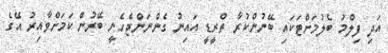
އަދި ފިލްމު ބެލުމަށްޓަކައި ބޭނުންކުރާ ތްރީޑީ އައިނު ގެންނަންޖެހެނީ ބޭރުން ކަމަށްވާއިރު އޭގެ